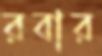
রবার